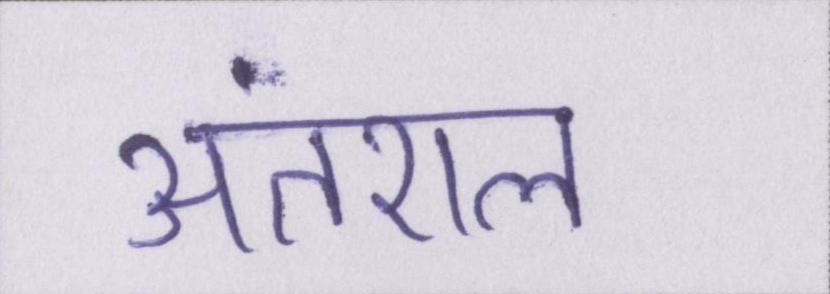
अंतराल